Scottish Leaving Certificate Examination, 1951
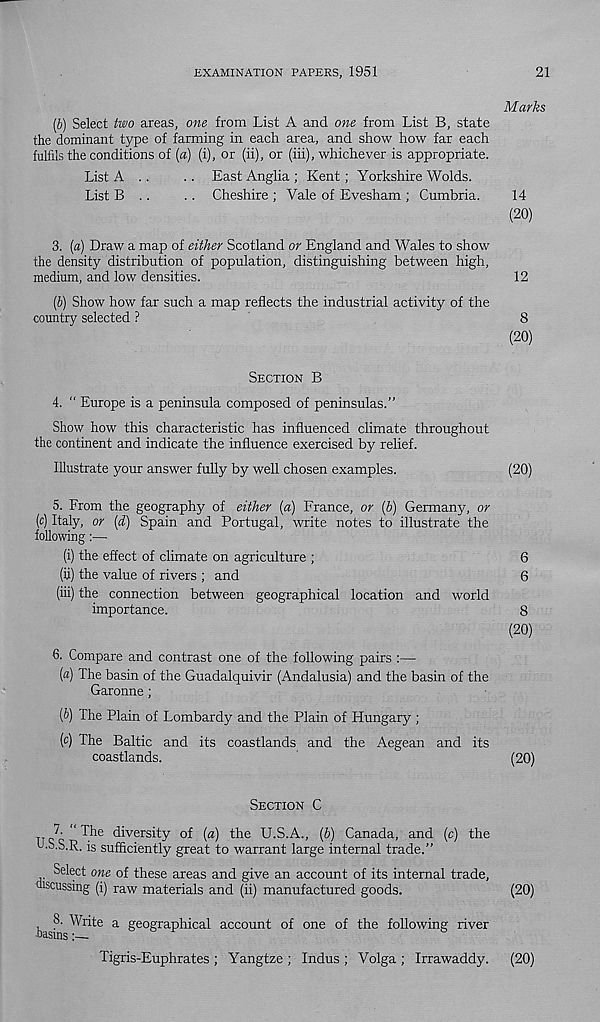
EXAMINATION PAPERS, 1951
(b) Select two areas, one from List A and one from List B, state
the dominant type of farming in each area, and show how far each
fulfils the conditions of (a) (i), or (ii), or (iii), whichever is appropriate.
List A ..
.. East Anglia ; Kent; Yorkshire Wolds.
List B ..
.. Cheshire ; Vale of Evesham ; Cumbria.
3.
[a) Draw a map of either Scotland or England and Wales to sho
the density distribution of population, distinguishing between high,
medium, and low densities.
(6) Show how far such a map reflects the industrial activity of the
country selected ?
SECTION B
4. “ Europe is a peninsula composed of peninsulas."
Show how this characteristic has influenced climate throughout
the continent and indicate the influence exercised by relief.
Illustrate your answer fully by well chosen examples.
5. From the geography of either (a) France, or (b) Germany, or
(c) Italy, or (d) Spain and Portugal, write notes to illustrate the
fohowing:—
(i) the effect of climate on agriculture ;
(ii) the value of rivers ; and
(iii) the connection between geographical location and world
importance.
6. Compare and contrast one of the following pairs :—
(a) The basin of the Guadalquivir (Andalusia) and the basin of the
Garonne;
(b) The Plain of Lombardy and the Plain of Hungary ;
(c) The Baltic and its coastlands and the Aegean and its
coastlands.
SECTION C
7. “ The diversity of (a) the U.S.A., (b) Canada, and (c) the
U.S.S.R. is sufficiently great to warrant large internal trade.”
Select one of these areas and give an account of its internal trade,
discussing (i) raw materials and (ii) manufactured goods.
ba
a S e°gra phical account of one of the following river
Tigris-Euphrates ; Yangtze ; Indus ; Volga ; Irrawaddy.